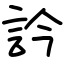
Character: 訡